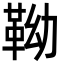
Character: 靿